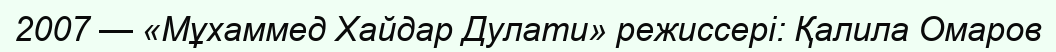
2007 — «Мұхаммед Хайдар Дулати» режиссері: Қалила Омаров